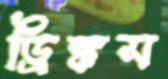
ড্রিঙ্কস